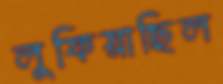
লুফিয়াছিল